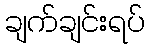
ချက်ချင်းရပ်